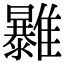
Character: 𩁠